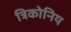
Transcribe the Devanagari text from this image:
त्रिकोनिय